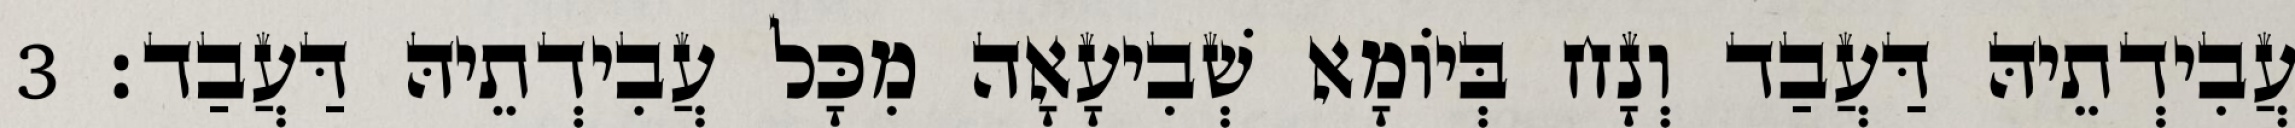
עֲבִידְתֵיהּ דַּעֲבַד וְנָח בְּיוֹמָא שְׁבִיעָאָה מִכָּל עֲבִידְתֵיהּ דַּעֲבַד׃ 3